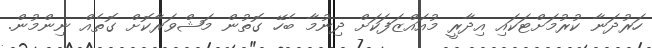
ހަރުދަނާ ކުރުމަށްޓަކައި އިދާރީ މުއައްޒަފަކަށް ދިނުމާ ބެހޭ ގޮތުން މަޝްވަރާކޮށް ގޮތެއް ނިންމުން.